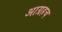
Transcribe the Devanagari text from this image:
आग्रहच